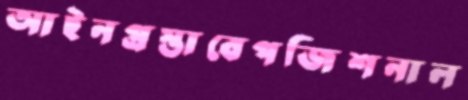
আইনপ্রস্তাবেপজিশনাল